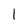
Character: 1